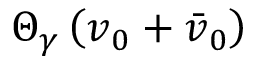
\boldsymbol { \Theta } _ { \gamma } \left( \boldsymbol { v } _ { 0 } + { \boldsymbol { \bar { v } } } _ { 0 } \right)